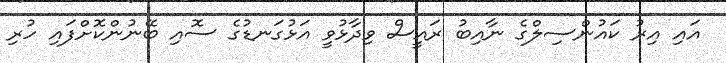
އައި އިރު ކައުންސިލްގެ ނާއިބު ރައީސް ވިދާޅުވީ އަޅުގަނޑުގެ ސޮއި ބޭނުންކޮށްފައި ހުރި